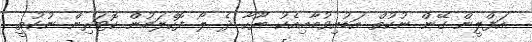
އަފްލީން ގޭން ނުކުތް އަޑުއިވުމާއިއެކު ޔޫހާ ދެ ލޯ ފޮހެލަމުން ކޮޓަރިން ނުކުތީ